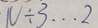
N \div 3 \cdots 2